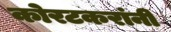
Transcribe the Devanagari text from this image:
कोरटकरांनी